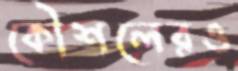
কৌশলেরও